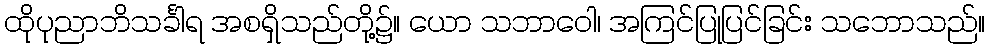
ထိုပုညာဘိသင်္ခါရ အစရှိသည်တို့၌။ ယော သဘာဝေါ၊ အကြင်ပြုပြင်ခြင်း သဘောသည်။